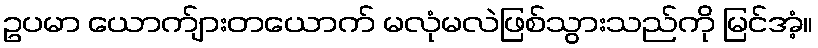
ဥပမာ ယောက်ျားတယောက် မလုံမလဲဖြစ်သွားသည်ကို မြင်အံ့။